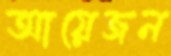
আয়েজন